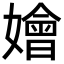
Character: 嬒